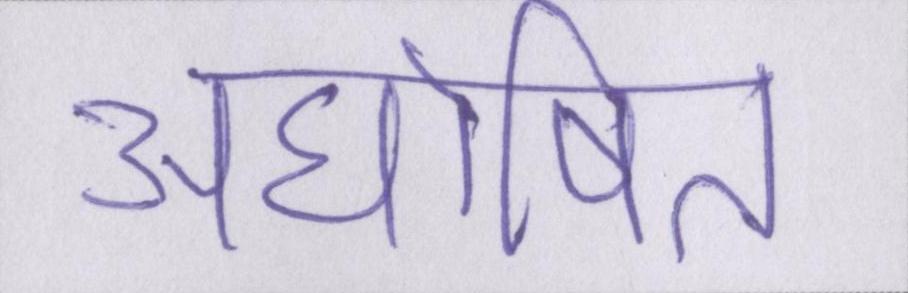
अघोषित